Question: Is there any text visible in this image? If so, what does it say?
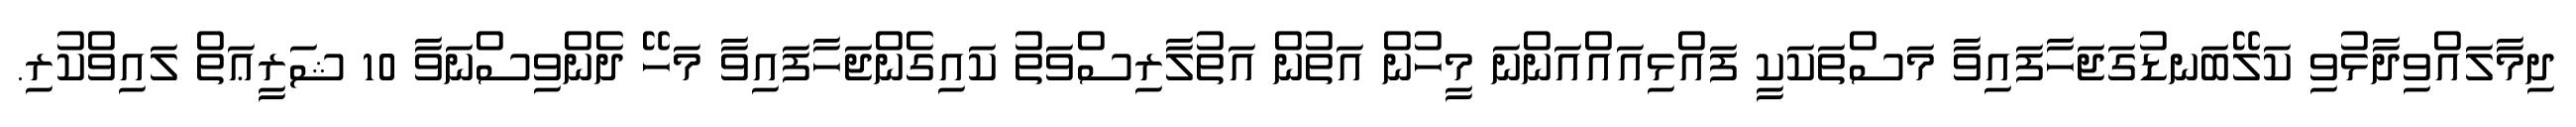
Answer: ދިމާލައްވިދާޅުވި ކަލޭބަނޑުގަޖަހާފައިވާ މަސްތަކަކީ ފައްޅިއައްއަންނަ މީހުން އަތުން އަތުލާރިސްވަތު ކައިގެންޖަހާފައިވާ މަހޭ ދެންވިސްނަވާ 10 ޝަރީޢަތް ލައިވްކުރި.